system: You are a helpful assistant.
user:
Analyze the provided spectrum to determine if it is a **S-type Star**.

- **Key Indicators for S-type Star:**

    - **(Overall Spectrum Shape):** The first and most obvious characteristic is the overall continuum (the "baseline" shape). It is **extremely "red-sloping,"** meaning the flux (light intensity) is very low on the left side (blue, ~4000-4500 Å) and rises steeply and continuously toward the right side (red, ~7000 Å+).

    - **(Primary):** The spectrum is defined by the presence of strong, broad molecular absorption "valleys" (bands) from **Zirconium Oxide (ZrO)**. The identification of these bands is the **primary requirement** for classifying a star as S-type.
        - **(Key Bandheads):** You must find distinct, deep "dips" where the light has been absorbed. The most critical band systems to locate are:
            - **~6474 Å** ($\gamma$-system): This is often the strongest and clearest ZrO feature, found in the red part of the spectrum.
            - **~5718 Å** & **~5551 Å** ($\beta$-system): A pair of prominent absorption features in the yellow-orange part of the spectrum.
            - **~4640 Å** ($\alpha$-system): A key absorption band system in the blue-green region of the spectrum.

    - **(Secondary Confirmation):** The classification is strengthened by finding additional absorption bands from other related heavy element oxides, which are expected to be present alongside ZrO.
        - **(Key Bandheads):**
            - **Yttrium Oxide (YO):** Look for absorption dips near **~4800 Å** and **~6100 Å**.
            - **Lanthanum Oxide (LaO):** Additional absorption features, particularly in the red-orange part of the spectrum, are also characteristic.

    - **(Line Profile):** The combination of the steep red continuum and these numerous, deep molecular bands (ZrO, YO, etc.) gives the entire spectrum a very **"chopped-up"** or **"bumpy"** appearance. Instead of a smooth curve, the spectrum looks as though large, wide chunks of light have been "carved out" of it at the specific wavelengths listed above.

Think first, call **spectral_visualization_tool** if needed to examine features in detail, then provide your final answer. Your response must adhere to the following strict rules:
1.  **Overall Structure:** Your response must follow the format `<think>...</think> <tool_call>...</tool_call> (if a tool is used) <answer>...</answer>`.
2.  **Tool Usage Constraint:** You may only make **one** tool call per turn.
3.  **Final Answer Format:** In the `<answer>` tag, your conclusion must be inside a `\boxed{}` command (e.g., `\boxed{YES}` or `\boxed{NO}`), followed by your justification.

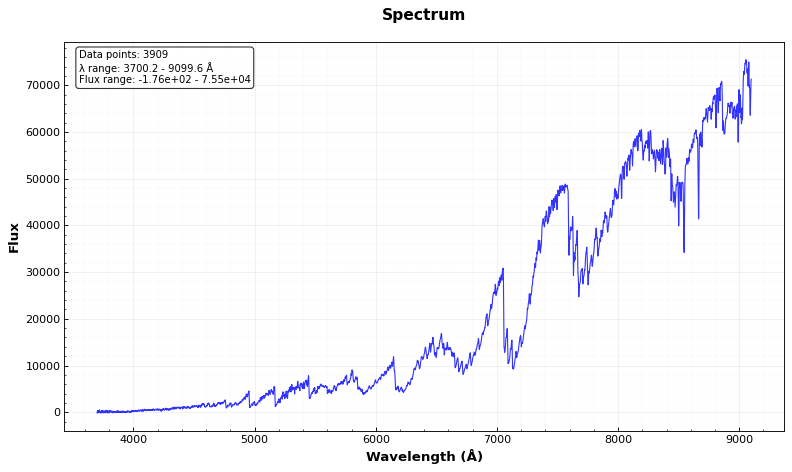
Answer: YES